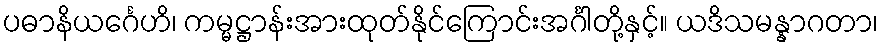
ပဓာနိယင်္ဂေဟိ၊ ကမ္မဋ္ဌာန်းအားထုတ်နိုင်ကြောင်းအင်္ဂါတို့နှင့်။ ယဒိသမန္နာဂတာ၊